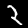
Label: 2